Leprosy in India: report of the Leprosy Commission in India, 1890-91
Year: 1890
Disease focus: Leprosy
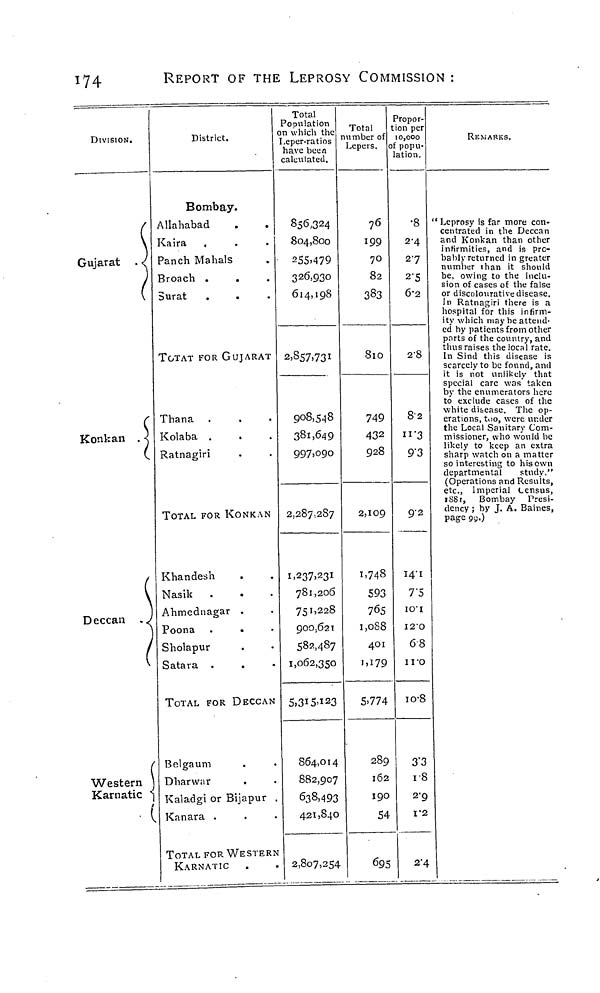
174
REPORT OF THE LEPROSY COMMISSION :
DIVISION,
Gujarat .
(
Konkan . X
(
Deccan .(
Western
Karnatic *
(
District.
Bombay.
Allahabad
.
.
Kaira
Panch Mahals
Broach .
Burat
TOTAT FOR GUJARAT
Thana
Kolaba .
Ratnagiri
TOTAL FOR KONKAN
Khandesh
Nasik .
•
Ahmednagar .
Poona .
•
Sholapur
Satara .
TOTAL FOR DECCAN
Belgaum
Dharwar
Kaladgi or Bijapur
Kanara .
TOTAL FOR WESTERN
KARNATIC
Total
Population
on which the
I.eper-ratios
have been
calculated.
856,324
804,800
255>479
326,930
614,198
2,857,731
908,548
381,649
997,090
2,287,287
1,237,231
781,206
751,228
900.621
582,487
1,062,350
5,315.123
864,014
882,907
638,493
421,840
2,807,254
Total
umber of
L,epeis,
76
199
70
82
383
8lO
749
432
928
2,109
1,748
593
765
1,088
401
i,i79
5.774
289
162
190
54
695
D ropor-
ion per
10,000
: popu-
ation.
•8
2-4
27
2-5
6-2
2-8
82
11-3
9'3
92
14-1
7'5
IO'I
I2'0
68
iro
io-8
3'3
i-8
2 '9
I"2
2"4
REMARKS.
Leprosy is far more con-
centrated in the Deccan
and Konkan than other
infirmities, and is pro-
bably returned in greater
number than it should
be. owing to the inclu-
sion of cases of the false
or discolourative disease.
In Ratnagiri there is a
hospital for this infirm-
ity which may be attend-
ed by patients from other
parts of the country, and
thus raises the local rate.
In Sind this disease is
scarcely to be found, and
it is not unlikely that
special care was taken
by the enumerators here
to exclude cases of the
white disease. The op-
erations, too, were under
the Local Sanitary Com-
missioner, who would be
likely to keep an extra
sharp watch on a matter
so interesting to his own
departmental
study."
(Operations and Results,
etc., Imperial Census,
1881, Bombay Presi-
dency ; by J. A. Baines,
page 99.)